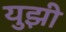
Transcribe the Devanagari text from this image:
युझी